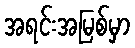
အရင်းအမြစ်မှာ